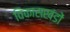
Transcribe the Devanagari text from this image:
विकासखंडों